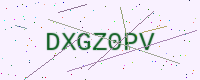
Text: DXGZ0PV